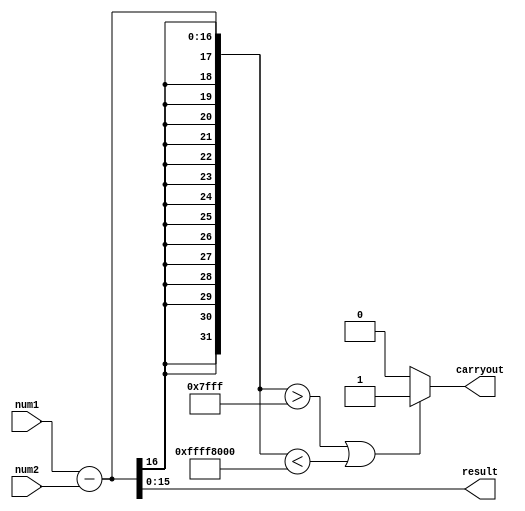
module FixedPointSubtractor (
    input [15:0] num1,
    input [15:0] num2,
    output [15:0] result,
    output carryout
);

    reg [31:0] temp_result;
    
    always @* begin
        temp_result = $signed(num1) - $signed(num2);
        if (temp_result > 32767 || temp_result < -32768) begin
            carryout = 1;
        end else begin
            carryout = 0;
        end
        result = temp_result[15:0];
    end

endmodule